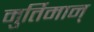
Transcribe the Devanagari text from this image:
मुर्तिमान्